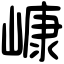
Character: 嵻